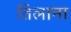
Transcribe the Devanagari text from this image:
तिलाना